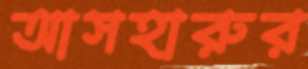
আসহারুর